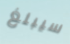
سيبلغ